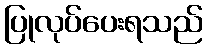
ပြုလုပ်ပေးရသည်